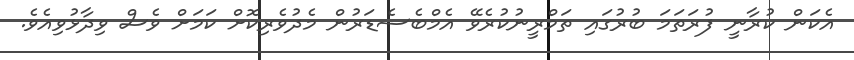
އެކަން ކުރާނީ ފުރަތަމަ ބުރުގައި ތަމްރީނުކުރެވޭ އެމްބެސެޑަރުން މެދުވެރިކޮށް ކަމަށް ވެސް ވިދާޅުވިއެވެ.